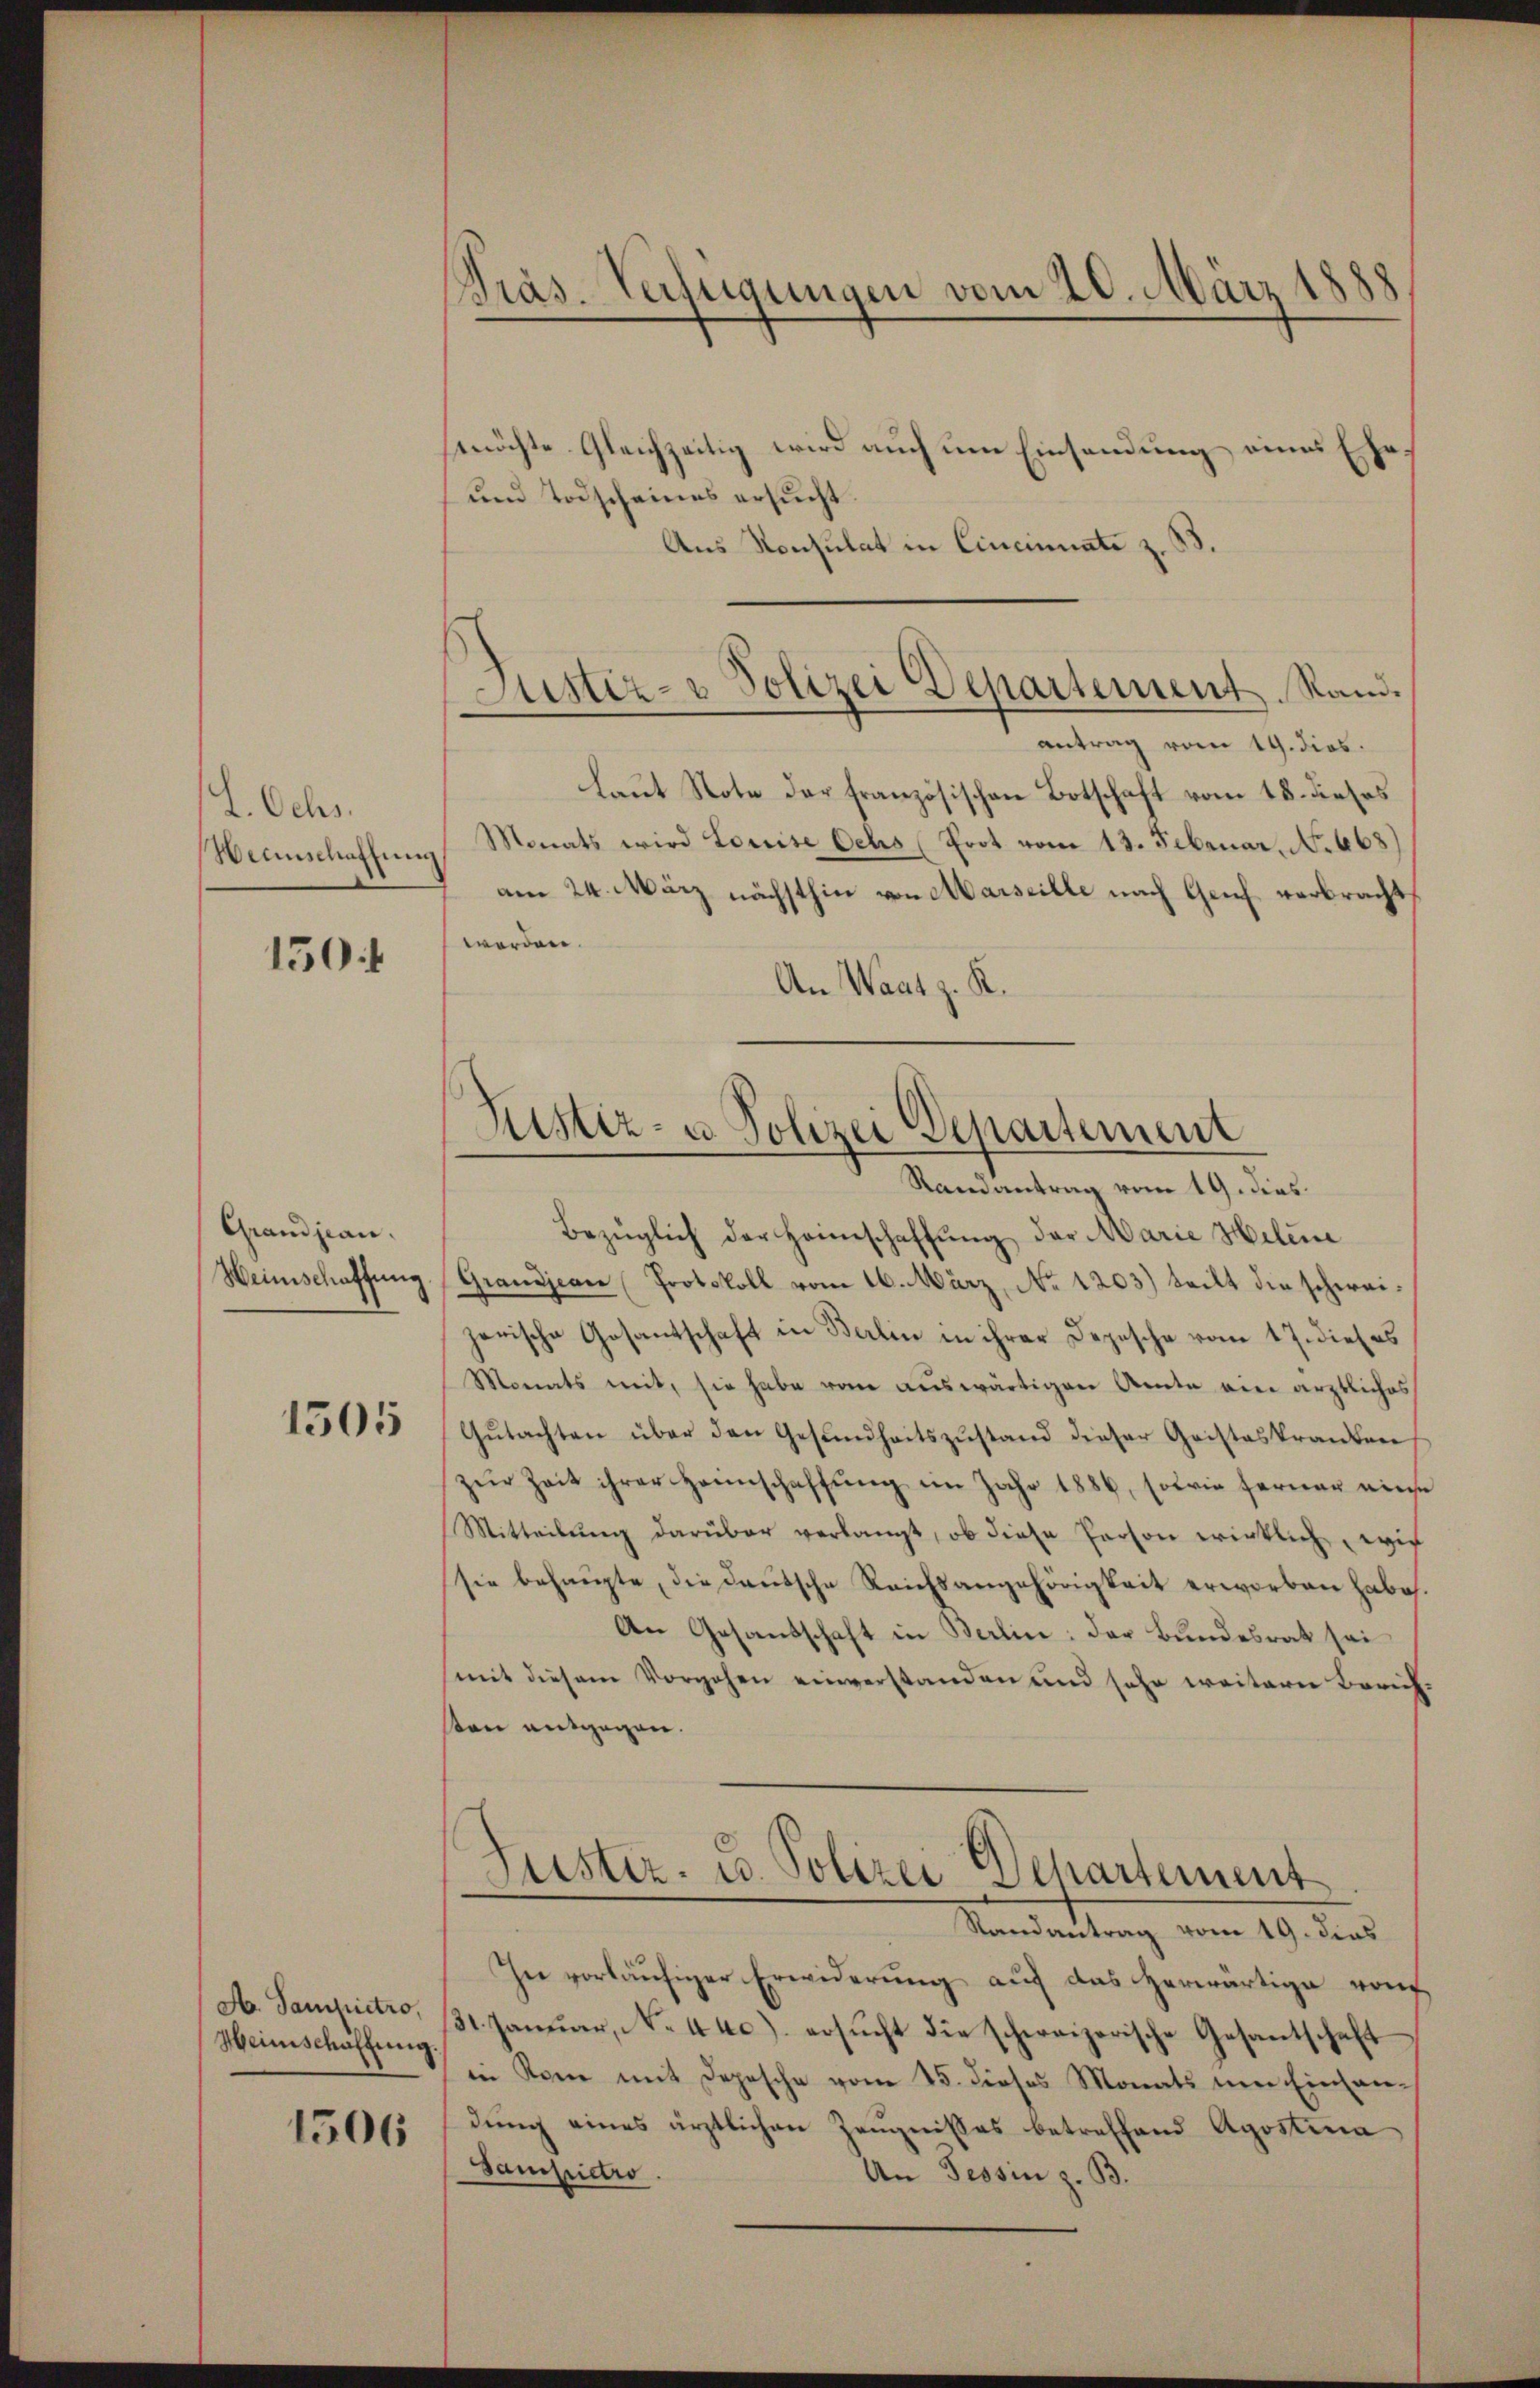
I. Ochs.
Heeinschaffung

150f

Grandjean.
Weinschaffung

1505

A. Sampictro,
Heimschaffung.

1506

möchte Gleichzeitig wird auch um Einsendung eines Ehe¬
und Todscheines ersucht.
Aus Konsulat in Cincinuate z. B.

Präs. Verfügungen vom 20. März 1888

Justiz- & Polizei Departement. Rand.

antrag vom 19. dies.
laut Note der Französischen Botschaft vom 18. dieses
Monats wird Louise Ochs (Prot vom 13. Februar. No. 668)
am 24. März nächsthin von Marseille nach Geich verbracht
werden.
An Waat z. K.

Justiz- u Polizei Departement

Samantrag vom 19. dies
Bezüglich der Heimschaffung der Marie Helene
Grandjean (Protokoll vom 16. März, No 1203) teilt die schweijarische Gesantschaft in Berlin in ihrer Depesche vom 17. dieses
Monats mit, sie habe vom auswärtigen Amte eine ärztliches
Gŭtachten über den Gesŭndheitszŭstand dieser Geisteskranken
zur Zeit ihrer Heimschaffung im Jahr 1886, sowie ferner einse
Mitteilŭng darüber verlangt, ob diese Person wirklich wie
sie behaupte, die deutsche Reichsangehörigkeit erworben habe.
An Gesandschaft in Berlin: der Bundesrat sei
mit diesem Vorgehen einverstanden und sehr weitern Zürichsten entgegen.
Suster. C. Polizei Departement
Randantrag vom 19. dies
In vorläufiger Erwiderŭng auf das herwärtige von
31. Januar, No. 440) ersucht die schweizerische Gesantschaft
in Rom mit Depesche vom 25. dieses Monats um Einsandung eines ärztlichen Zeugnisses betreffend Apostina
Sampictro.
An Tessin z. B.